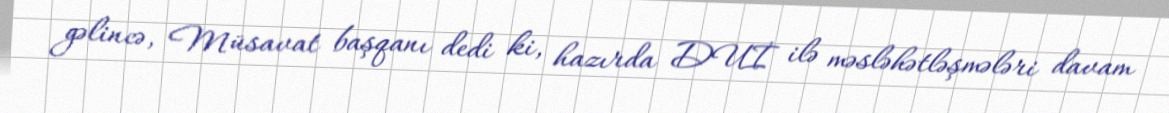
gəlincə, Müsavat başqanı dedi ki, hazırda DUİ ilə məsləhətləşmələri davam